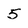
Character: 5